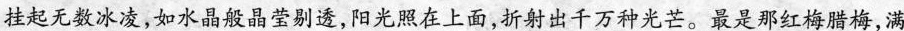
挂起无数冰凌，如水晶般晶莹剔透，阳光照在上面，折射出千万种光芒。最是那红梅腊梅，满